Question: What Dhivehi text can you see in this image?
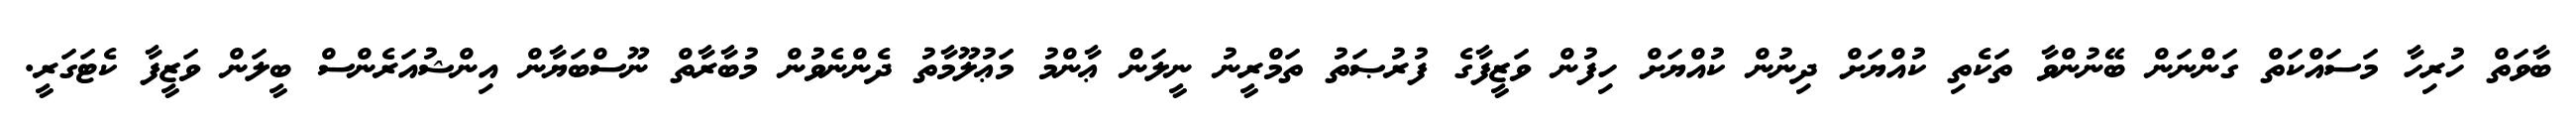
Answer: ބާވަތް ހުރިހާ މަސައްކަތް ގަންނަން ބޭނުންވާ ތަކެތި ކުއްޔަށް ދިނުން ކުއްޔަށް ހިފުން ވަޒީފާގެ ފުރުޞަތު ތަމްރީނު ނީލަން ޢާންމު މަޢުލޫމާތު ދެންނެވުން މުބާރާތް ނޫސްބަޔާން އިންޝުއަރެންސް ބީލަން ވަޒީފާ ކެޓަގަރީ.